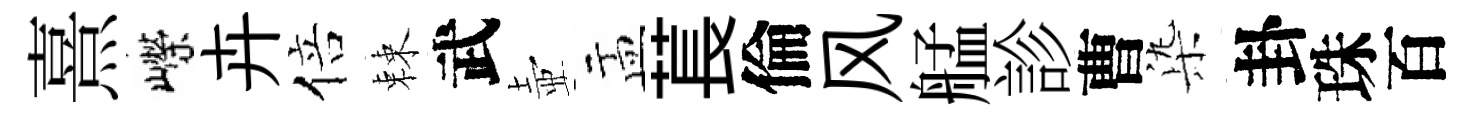
熹嶸卉倍棘武壺盂萇倫风艋診曹𣑱卦珠百